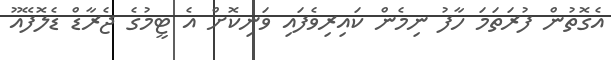
އެގޮތުން ފުރަތަމަ ހާފު ނިމެން ކައިރިވެފައި ވަނިކޮށް އެ ޓީމުގެ ޖެރާޑް ޑެލޮފޭއޫ